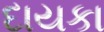
દાયકા